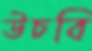
উচবি